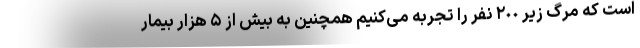
است که مرگ زیر ٢٠٠ نفر را تجربه می‌کنیم همچنین به بیش از ۵ هزار بیمار